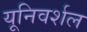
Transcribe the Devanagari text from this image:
यूनिवर्शल